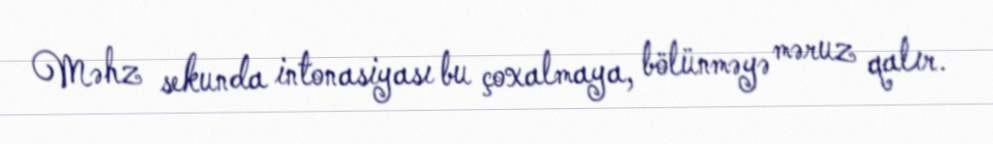
Məhz sekunda intonasiyası bu çoxalmaya, bölünməyə məruz qalır.